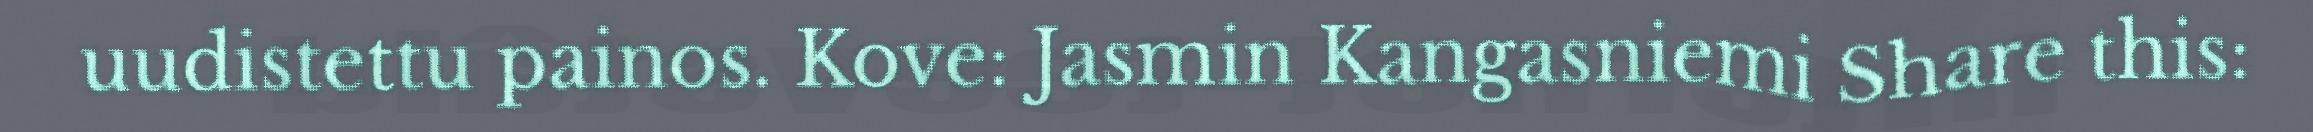
uudistettu painos. Kove: Jasmin Kangasniemi Share this: